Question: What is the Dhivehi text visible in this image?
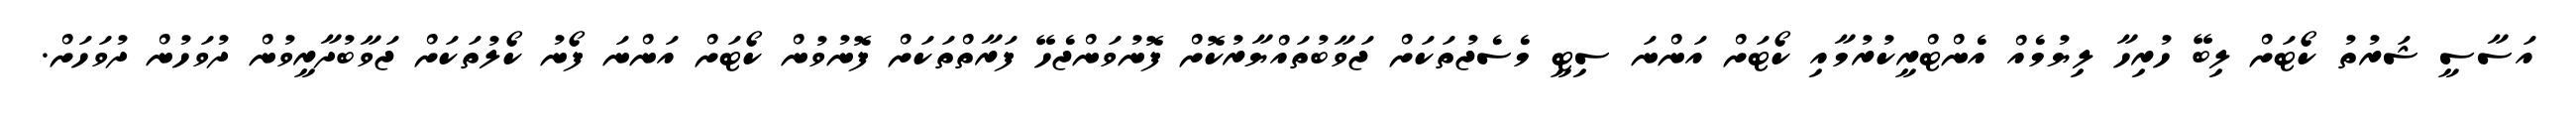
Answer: އަސާސީ ޝަރުތު ކޯޓަށް ލިބޭ ހުރިހާ ލިޔުމެއް އެންޓްރީކުރުމާއި ކޯޓަށް އަންނަ ސިޓީ މެސެޖުތަކަށް ޖަވާބުތައްޔާރުކޮށް ފޮނުވަންޖެހޭ ފަރާތްތަކަށް ފޮނުވުން ކޯޓަށް އަންނަ ފޯނު ކޯލުތަކަށް ޖަވާބުދާރީވުން ދުވަހުން ދުވަހަށް.